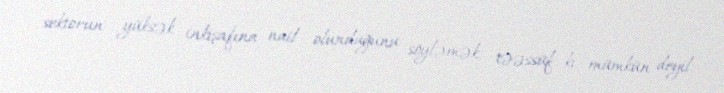
sektorun yüksək inkişafına nail olunduğunu söyləmək, təəssüf ki, mümkün deyil.